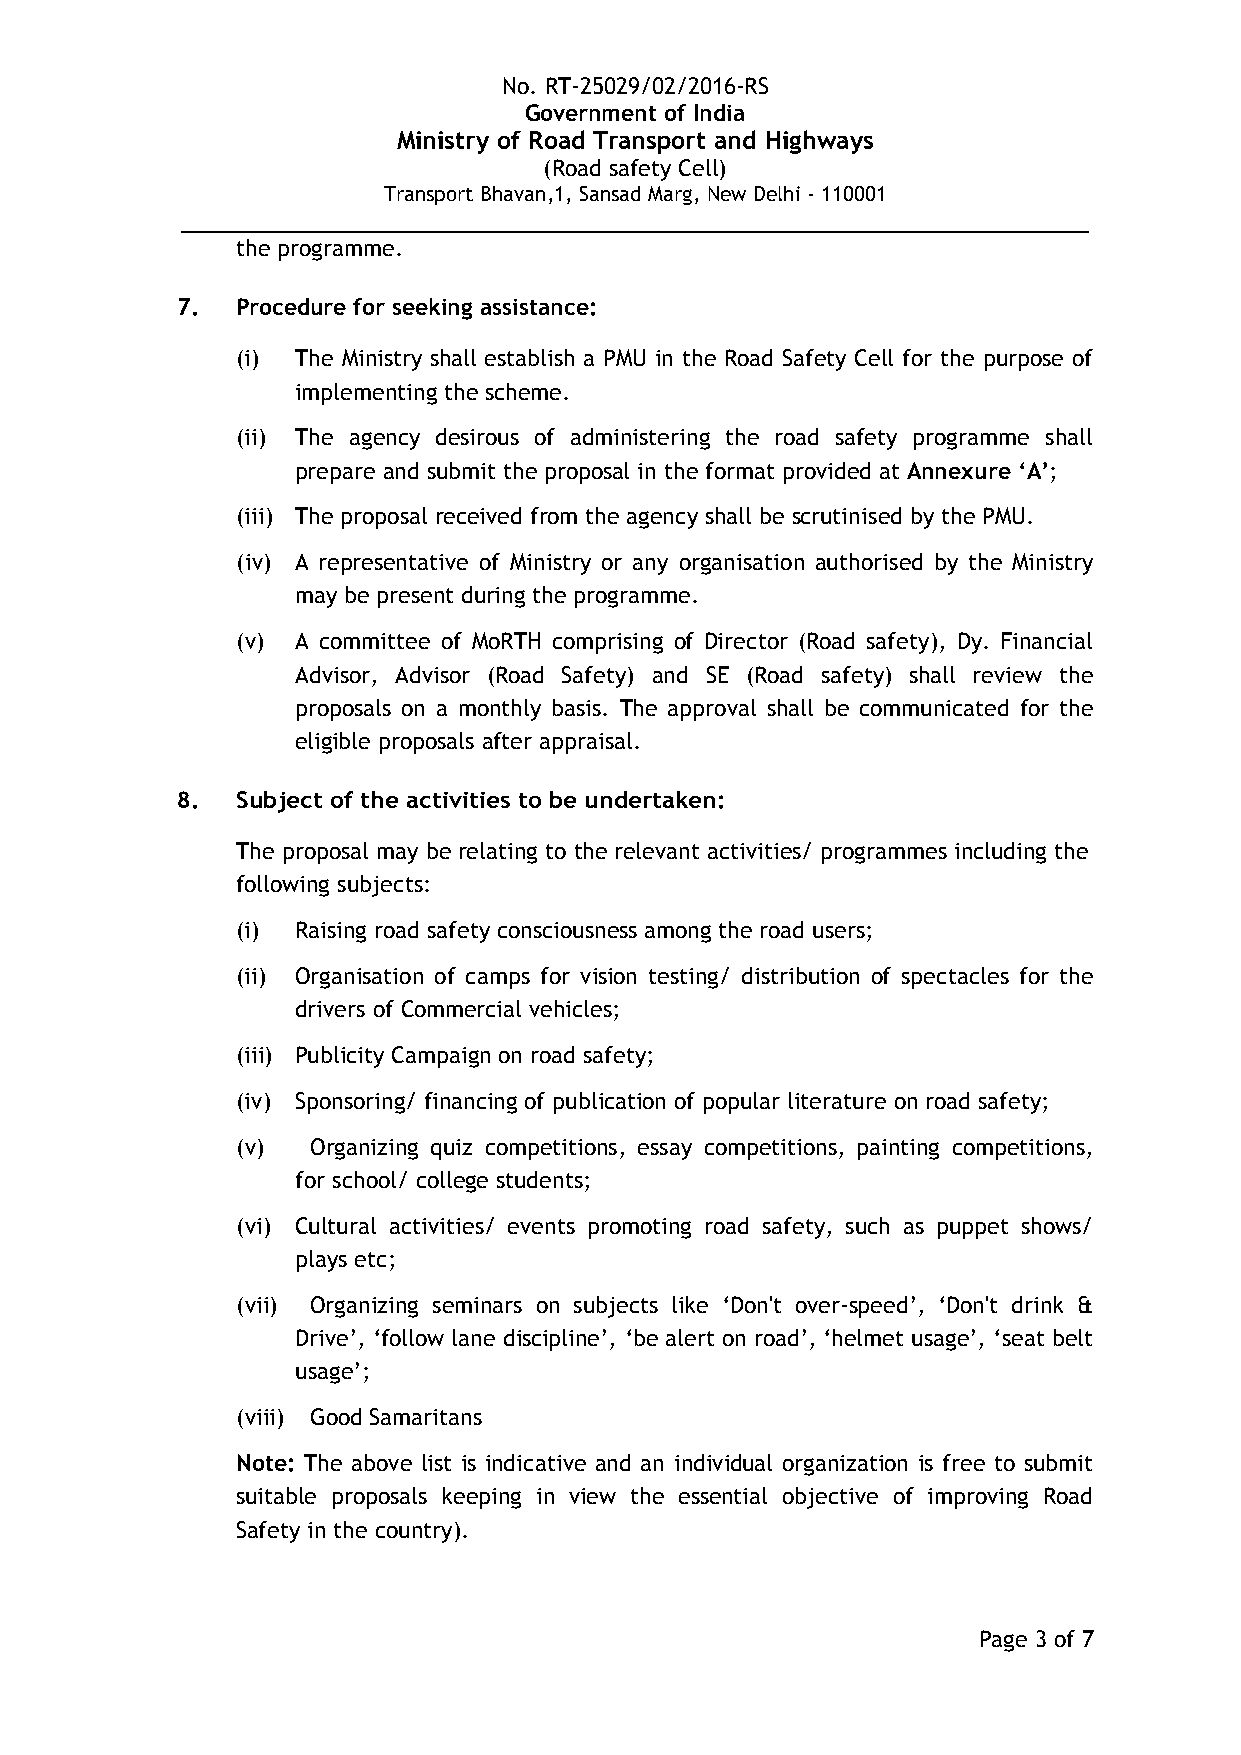
No. RT-25029/02/2016-RS
 Government of India
 Ministry of Road Transport and Highways
 (Road safety Cell)
 Transport Bhavan,1, Sansad Marg, New Delhi - 110001
 __________________________________________________________
 the programme.
 7.  Procedure for seeking assistance:
 (i) The Ministry shall establish a PMU in the Road Safety Cell for the purpose of
 implementing the scheme.
 (ii) The agency desirous of administering the road safety programme shall
 prepare and submit the proposal in the format provided at Annexure ‘A’;
 (iii) The proposal received from the agency shall be scrutinised by the PMU.
 (iv) A representative of Ministry or any organisation authorised by the Ministry
 may be present during the programme.
 (v) A committee of MoRTH comprising of Director (Road safety), Dy. Financial
 Advisor, Advisor (Road Safety) and SE (Road safety) shall review the
 proposals on a monthly basis. The approval shall be communicated for the
 eligible proposals after appraisal.
 8.  Subject of the activities to be undertaken:
 The proposal may be relating to the relevant activities/ programmes including the
 following subjects:
 (i) Raising road safety consciousness among the road users;
 (ii) Organisation of camps for vision testing/ distribution of spectacles for the
 drivers of Commercial vehicles;
 (iii) Publicity Campaign on road safety;
 (iv) Sponsoring/ financing of publication of popular literature on road safety;
 (v)  Organizing quiz competitions, essay competitions, painting competitions,
 for school/ college students;
 (vi) Cultural activities/ events promoting road safety, such as puppet shows/
 plays etc;
 (vii) Organizing seminars on subjects like ‘Don't over-speed’, ‘Don't drink &
 Drive’, ‘follow lane discipline’, ‘be alert on road’, ‘helmet usage’, ‘seat belt
 usage’;
 (viii) Good Samaritans
 Note: The above list is indicative and an individual organization is free to submit
 suitable proposals keeping in view the essential objective of improving Road
 Safety in the country).
 Page 3 of 7